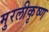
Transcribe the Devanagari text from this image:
मुरलीकृष्ण